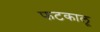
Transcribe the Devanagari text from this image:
फटकालू